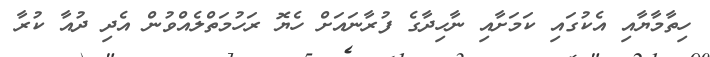
ހިތާމާޔާއި އެކުގައި ކަމަށާއި ނާހިދާގެ ފުރާނައަށް ހެޔޮ ރަހުމަތްލެއްވުން އެދި ދުއާ ކުރާ